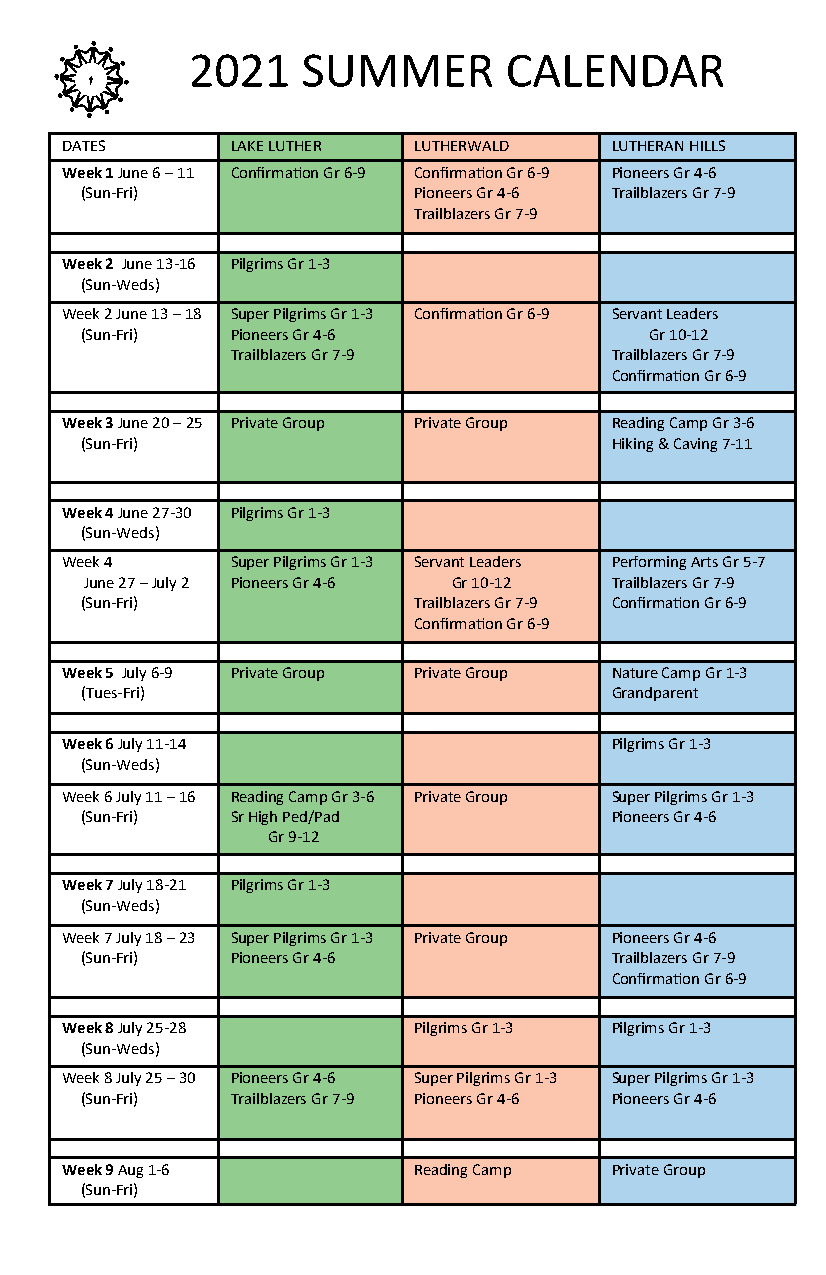
2021    SUMMER       CALENDAR
 @
 DATES      LAKE LUTHER LUTHERWALD   LUTHERAN HILLS
 Week 1 June 6 – 11 Confirmation Gr 6-9 Confirmation Gr 6-9 Pioneers Gr 4-6
 LOMIK
 (Sun-Fri)             Pioneers Gr 4-6 Trailblazers Gr 7-9
 Trailblazers Gr 7-9
 5215 N 450 W, Angola, IN 46703 • Phone: 260.667-7750 • Email: info@lomik.org
 Week 2 June 13-16 Pilgrims Gr 1-3
 (Sun-Weds)                                           ______________________________________________________________________________
 Week 2 June 13 – 18 Super Pilgrims Gr 1-3 Confirmation Gr 6-9 Servant Leaders
 (Sun-Fri) Pioneers Gr 4-6             Gr 10-12
 Trailblazers Gr 7-9      Trailblazers Gr 7-9
 Confirmation Gr 6-9
 Week 3 June 20 – 25 Private Group Private Group Reading Camp Gr 3-6
 (Sun-Fri)                          Hiking & Caving 7-11
 Week 4 June 27-30 Pilgrims Gr 1-3
 (Sun-Weds)
 Week 4     Super Pilgrims Gr 1-3 Servant Leaders Performing Arts Gr 5-7
 June 27 – July 2 Pioneers Gr 4-6 Gr 10-12 Trailblazers Gr 7-9
 (Sun-Fri)             Trailblazers Gr 7-9 Confirmation Gr 6-9
 Confirmation Gr 6-9
 Week 5 July 6-9 Private Group Private Group Nature Camp Gr 1-3
 (Tues-Fri)                         Grandparent
 Week 6 July 11-14                   Pilgrims Gr 1-3
 (Sun-Weds)
 Week 6 July 11 – 16 Reading Camp Gr 3-6 Private Group Super Pilgrims Gr 1-3
 (Sun-Fri) Sr High Ped/Pad          Pioneers Gr 4-6
 Gr 9-12
 Week 7 July 18-21 Pilgrims Gr 1-3
 (Sun-Weds)
 Week 7 July 18 – 23 Super Pilgrims Gr 1-3 Private Group Pioneers Gr 4-6
 (Sun-Fri) Pioneers Gr 4-6          Trailblazers Gr 7-9
 Confirmation Gr 6-9
 SUMMER               2021
 Week 8 July 25-28      Pilgrims Gr 1-3 Pilgrims Gr 1-3
 (Sun-Weds)
 Week 8 July 25 – 30 Pioneers Gr 4-6 Super Pilgrims Gr 1-3 Super Pilgrims Gr 1-3
 (Sun-Fri) Trailblazers Gr 7-9 Pioneers Gr 4-6 Pioneers Gr 4-6
 REGISTER ONLINE
 https://lomik.campintouch.com/ui/forms/application/camper/App
 Week 9 Aug 1-6         Reading Camp Private Group
 (Sun-Fri)